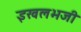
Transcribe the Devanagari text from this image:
इखलभजी